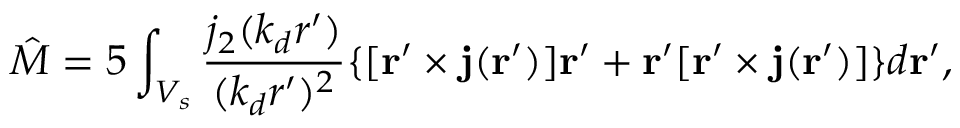
{ \hat { M } } = { 5 } \int _ { V _ { s } } \frac { j _ { 2 } ( k _ { d } r ^ { \prime } ) } { ( k _ { d } r ^ { \prime } ) ^ { 2 } } \{ [ { \bf r } ^ { \prime } \times { \bf j } ( { \bf r } ^ { \prime } ) ] { \bf r } ^ { \prime } + { \bf r } ^ { \prime } [ { \bf r } ^ { \prime } \times { \bf j } ( { \bf r } ^ { \prime } ) ] \} d { \bf r } ^ { \prime } ,